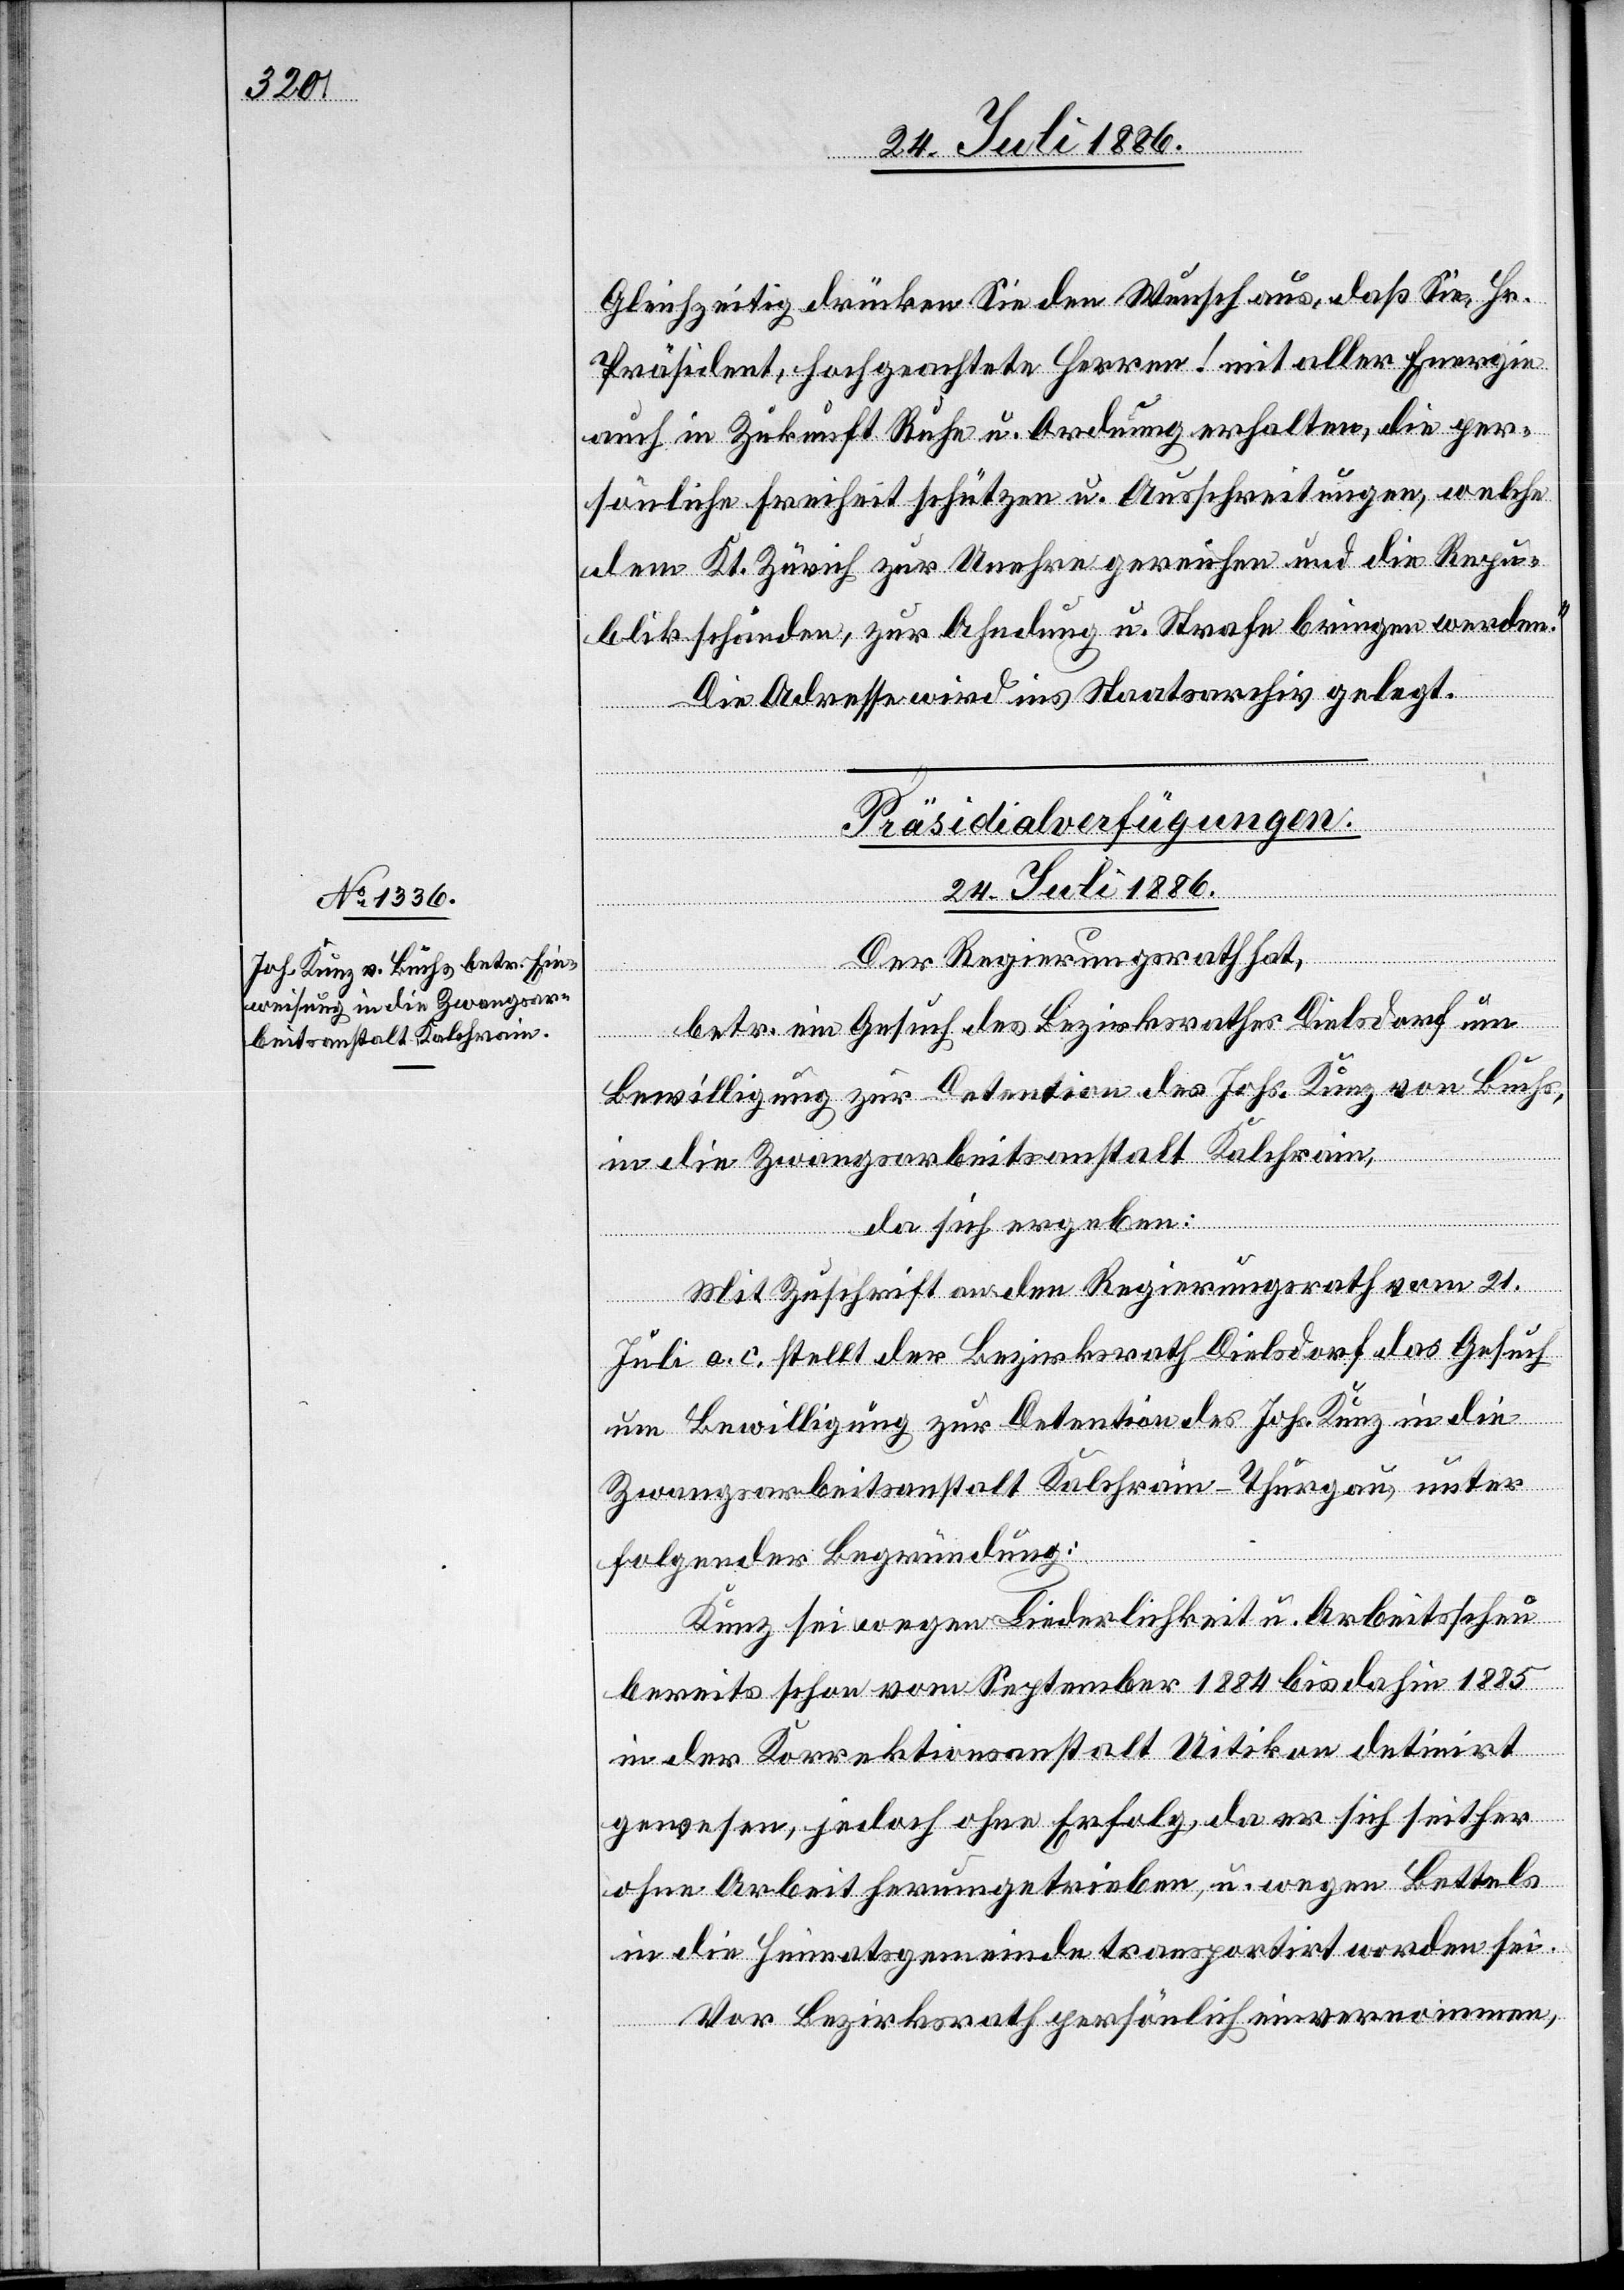
Gleichzeitig drücken Sie den Wunsch aus, daß Sie, Hr.
Präsident, hochgeachtete Herren! mit aller Energie
auch in Zukunft Ruhe u. Ordnung erhalten, die per¬
sönliche Freiheit schützen u. Ausschreitungen, welche
dem Kt. Zürich zur Unehre gereichen und die Repu¬
blik schänden, zu Ahndung u. Strafe bringen werden.“
Die Adresse wird ins Staatsarchiv gelegt.
Präsidialverfügungen.
24. Juli 1886.
Der Regierungsrath hat,
betr. ein Gesuch des Bezirksrathes Dielsdorf um
Bewilligung zur Detention des Johs. Kunz von Buchs,
in die Zwangsarbeitsanstalt Kalchra¬
in,
da sich ergeben:
Mit Zuschrift an den Regierungsrath vom 21.
Juli a. c. stellt der Bezirksrath Dielsdorf das Gesuch
um Bewilligung zur Detention des Johs. Kunz in die
Zwangsarbeitsanstalt Kalchrain - Thurgau, unter
folgender Begründung:
Kunz sei wegen Liederlichkeit u. Arbeitsscheu
bereits schon vom September 1884 bis dahin 1885
in der Korrektionsanstalt Uitikon detinirt
gewesen, jedoch ohne Erfolg, da er sich seither
ohne Arbeit herumgetrieben, u. wegen Bettels
in die Heimatsgemeinde transportirt worden sei.
[dem] Bezirksrath persönlich einvernommen,